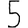
Digit: 5